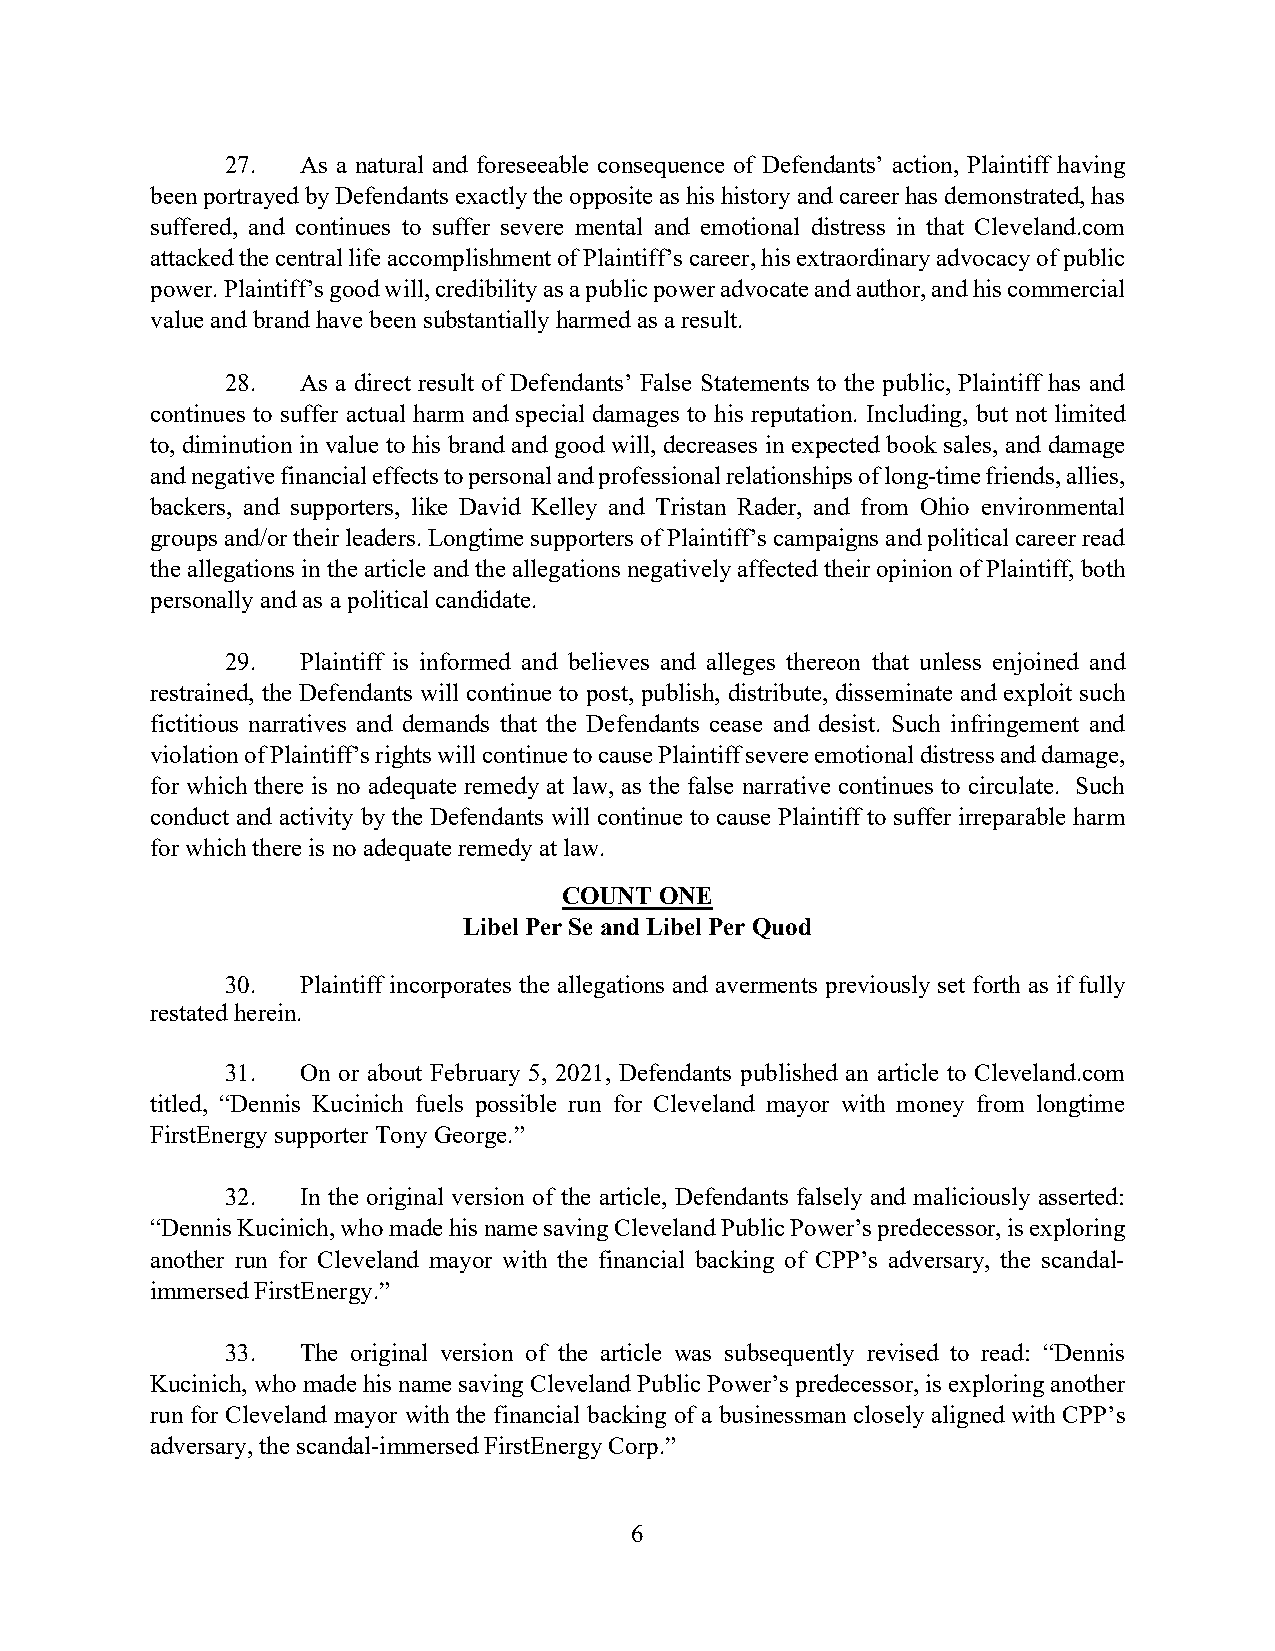
27.  As a natural and foreseeable consequence of Defendants’ action, Plaintiff having
 been portrayed by Defendants exactly the opposite as his history and career has demonstrated, has
 suffered, and continues to suffer severe mental and emotional distress in that Cleveland.com
 attacked the central life accomplishment of Plaintiff’s career, his extraordinary advocacy of public
 power. Plaintiff’s good will, credibility as a public power advocate and author, and his commercial
 value and brand have been substantially harmed as a result.
 28.  As a direct result of Defendants’ False Statements to the public, Plaintiff has and
 continues to suffer actual harm and special damages to his reputation. Including, but not limited
 to, diminution in value to his brand and good will, decreases in expected book sales, and damage
 and negative financial effects to personal and professional relationships of long-time friends, allies,
 backers, and supporters, like David Kelley and Tristan Rader, and from Ohio environmental
 groups and/or their leaders. Longtime supporters of Plaintiff’s campaigns and political career read
 the allegations in the article and the allegations negatively affected their opinion of Plaintiff, both
 personally and as a political candidate.
 29.  Plaintiff is informed and believes and alleges thereon that unless enjoined and
 restrained, the Defendants will continue to post, publish, distribute, disseminate and exploit such
 fictitious narratives and demands that the Defendants cease and desist. Such infringement and
 violation of Plaintiff’s rights will continue to cause Plaintiff severe emotional distress and damage,
 for which there is no adequate remedy at law, as the false narrative continues to circulate. Such
 conduct and activity by the Defendants will continue to cause Plaintiff to suffer irreparable harm
 for which there is no adequate remedy at law.
 COUNT  ONE
 Libel Per Se and Libel Per Quod
 30.  Plaintiff incorporates the allegations and averments previously set forth as if fully
 restated herein.
 31.  On or about February 5, 2021, Defendants published an article to Cleveland.com
 titled, “Dennis Kucinich fuels possible run for Cleveland mayor with money from longtime
 FirstEnergy supporter Tony George.”
 32.  In the original version of the article, Defendants falsely and maliciously asserted:
 “Dennis Kucinich, who made his name saving Cleveland Public Power’s predecessor, is exploring
 another run for Cleveland mayor with the financial backing of CPP’s adversary, the scandal-
 immersed FirstEnergy.”
 33.  The original version of the article was subsequently revised to read: “Dennis
 Kucinich, who made his name saving Cleveland Public Power’s predecessor, is exploring another
 run for Cleveland mayor with the financial backing of a businessman closely aligned with CPP’s
 adversary, the scandal-immersed FirstEnergy Corp.”
 6